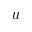
u